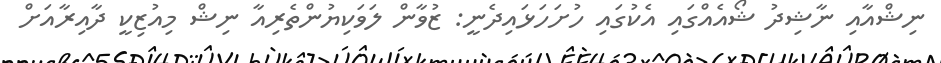
ނިޝްއާއި ނާޝިދު ޝޯއެއްގައި އެކުގައި ހުށަހަޅައިދެނީ: ޒުވާން ލަވަކިޔުންތެރިއާ ނިޝް މިއުޒިކީ ދާއިރާއަށް